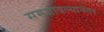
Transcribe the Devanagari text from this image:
समजावल्यानंतर